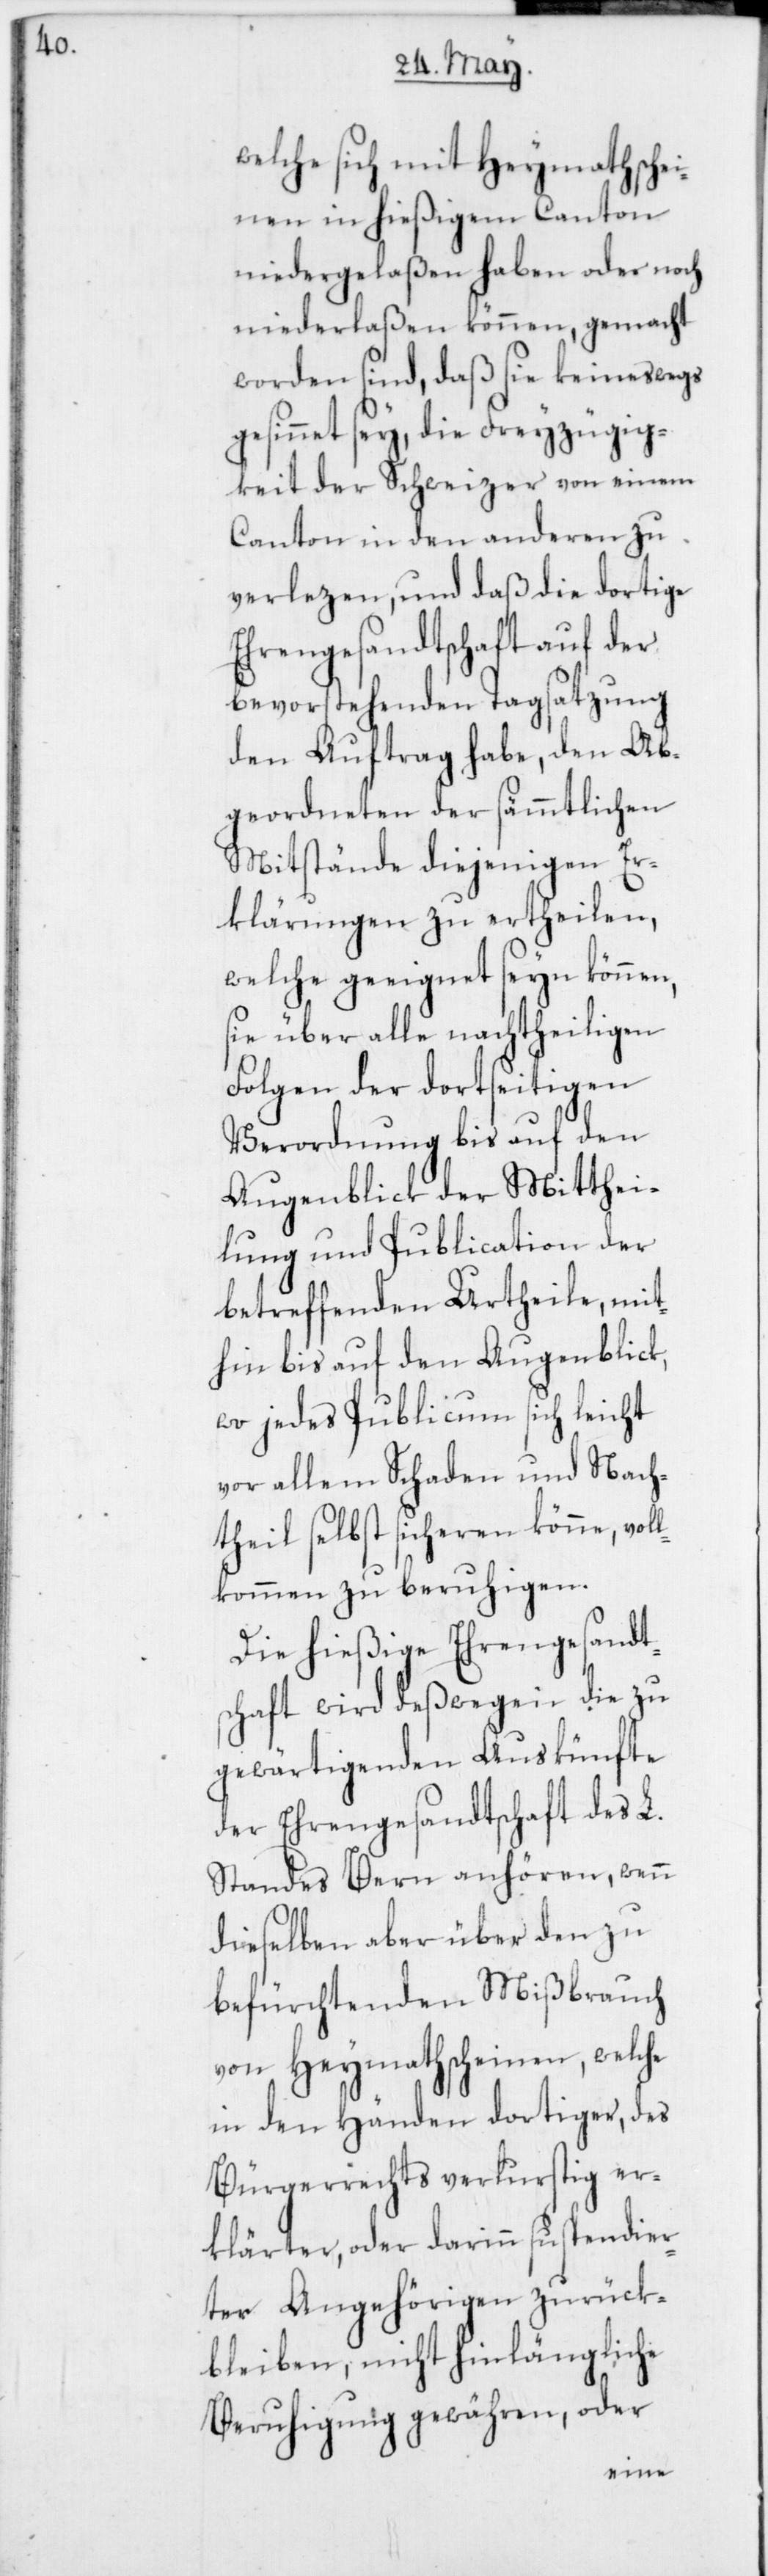
welche sich mit Heymathsche¬
inen in hießigem Canton
niedergelaßen haben oder noch
niederlaßen können, gemacht
worden sind, daß sie keineswegs
gesinnet sey, die Freyzügig¬
keit der Schweizer von einem
Canton in den anderen zu
verlezen, und daß die dortige
Ehrengesandtschaft auf der
bevorstehenden Tagsatzung
den Auftrag habe, den Ab¬
geordneten der sämmtlichen
Mitstände diejenigen Er¬
klärungen zu ertheilen,
welche geeignet seyn können,
sie über alle nachtheiligen
Folgen der dortseitigen
Verordnung bis auf den
Augenblick der Mitthei¬
lung und Publication der
betreffenden Urtheile, mit¬
hin bis auf den Augenblick,
wo jedes Publicum sich leicht
vor allem Schaden und Nach¬
theil selbst sicheren könne, vol¬
lkommen zu beruhigen.
Die hießige Ehrengesandt¬
schaft wird deßwegen die zu
gewärtigenden Auskünfte
der Ehrengesandtschaft des L.
Standes Bern anhören, wenn
dieselben aber über den zu
befürchtenden Mißbrauch
von Heymathscheinen, welche
in den Händen dortiger, des
Bürgerrechts verlurstig er¬
klärten, oder darinn suspendier¬
ter Angehörigen zurück¬
bleiben, nicht hinlängliche
Beruhigung gewähren, oder